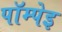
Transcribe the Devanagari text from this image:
पॉम्पेइ